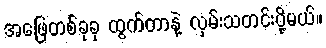
အဖြေတစ်ခုခု ထွက်တာနဲ့ လှမ်းသတင်းပို့မယ်။